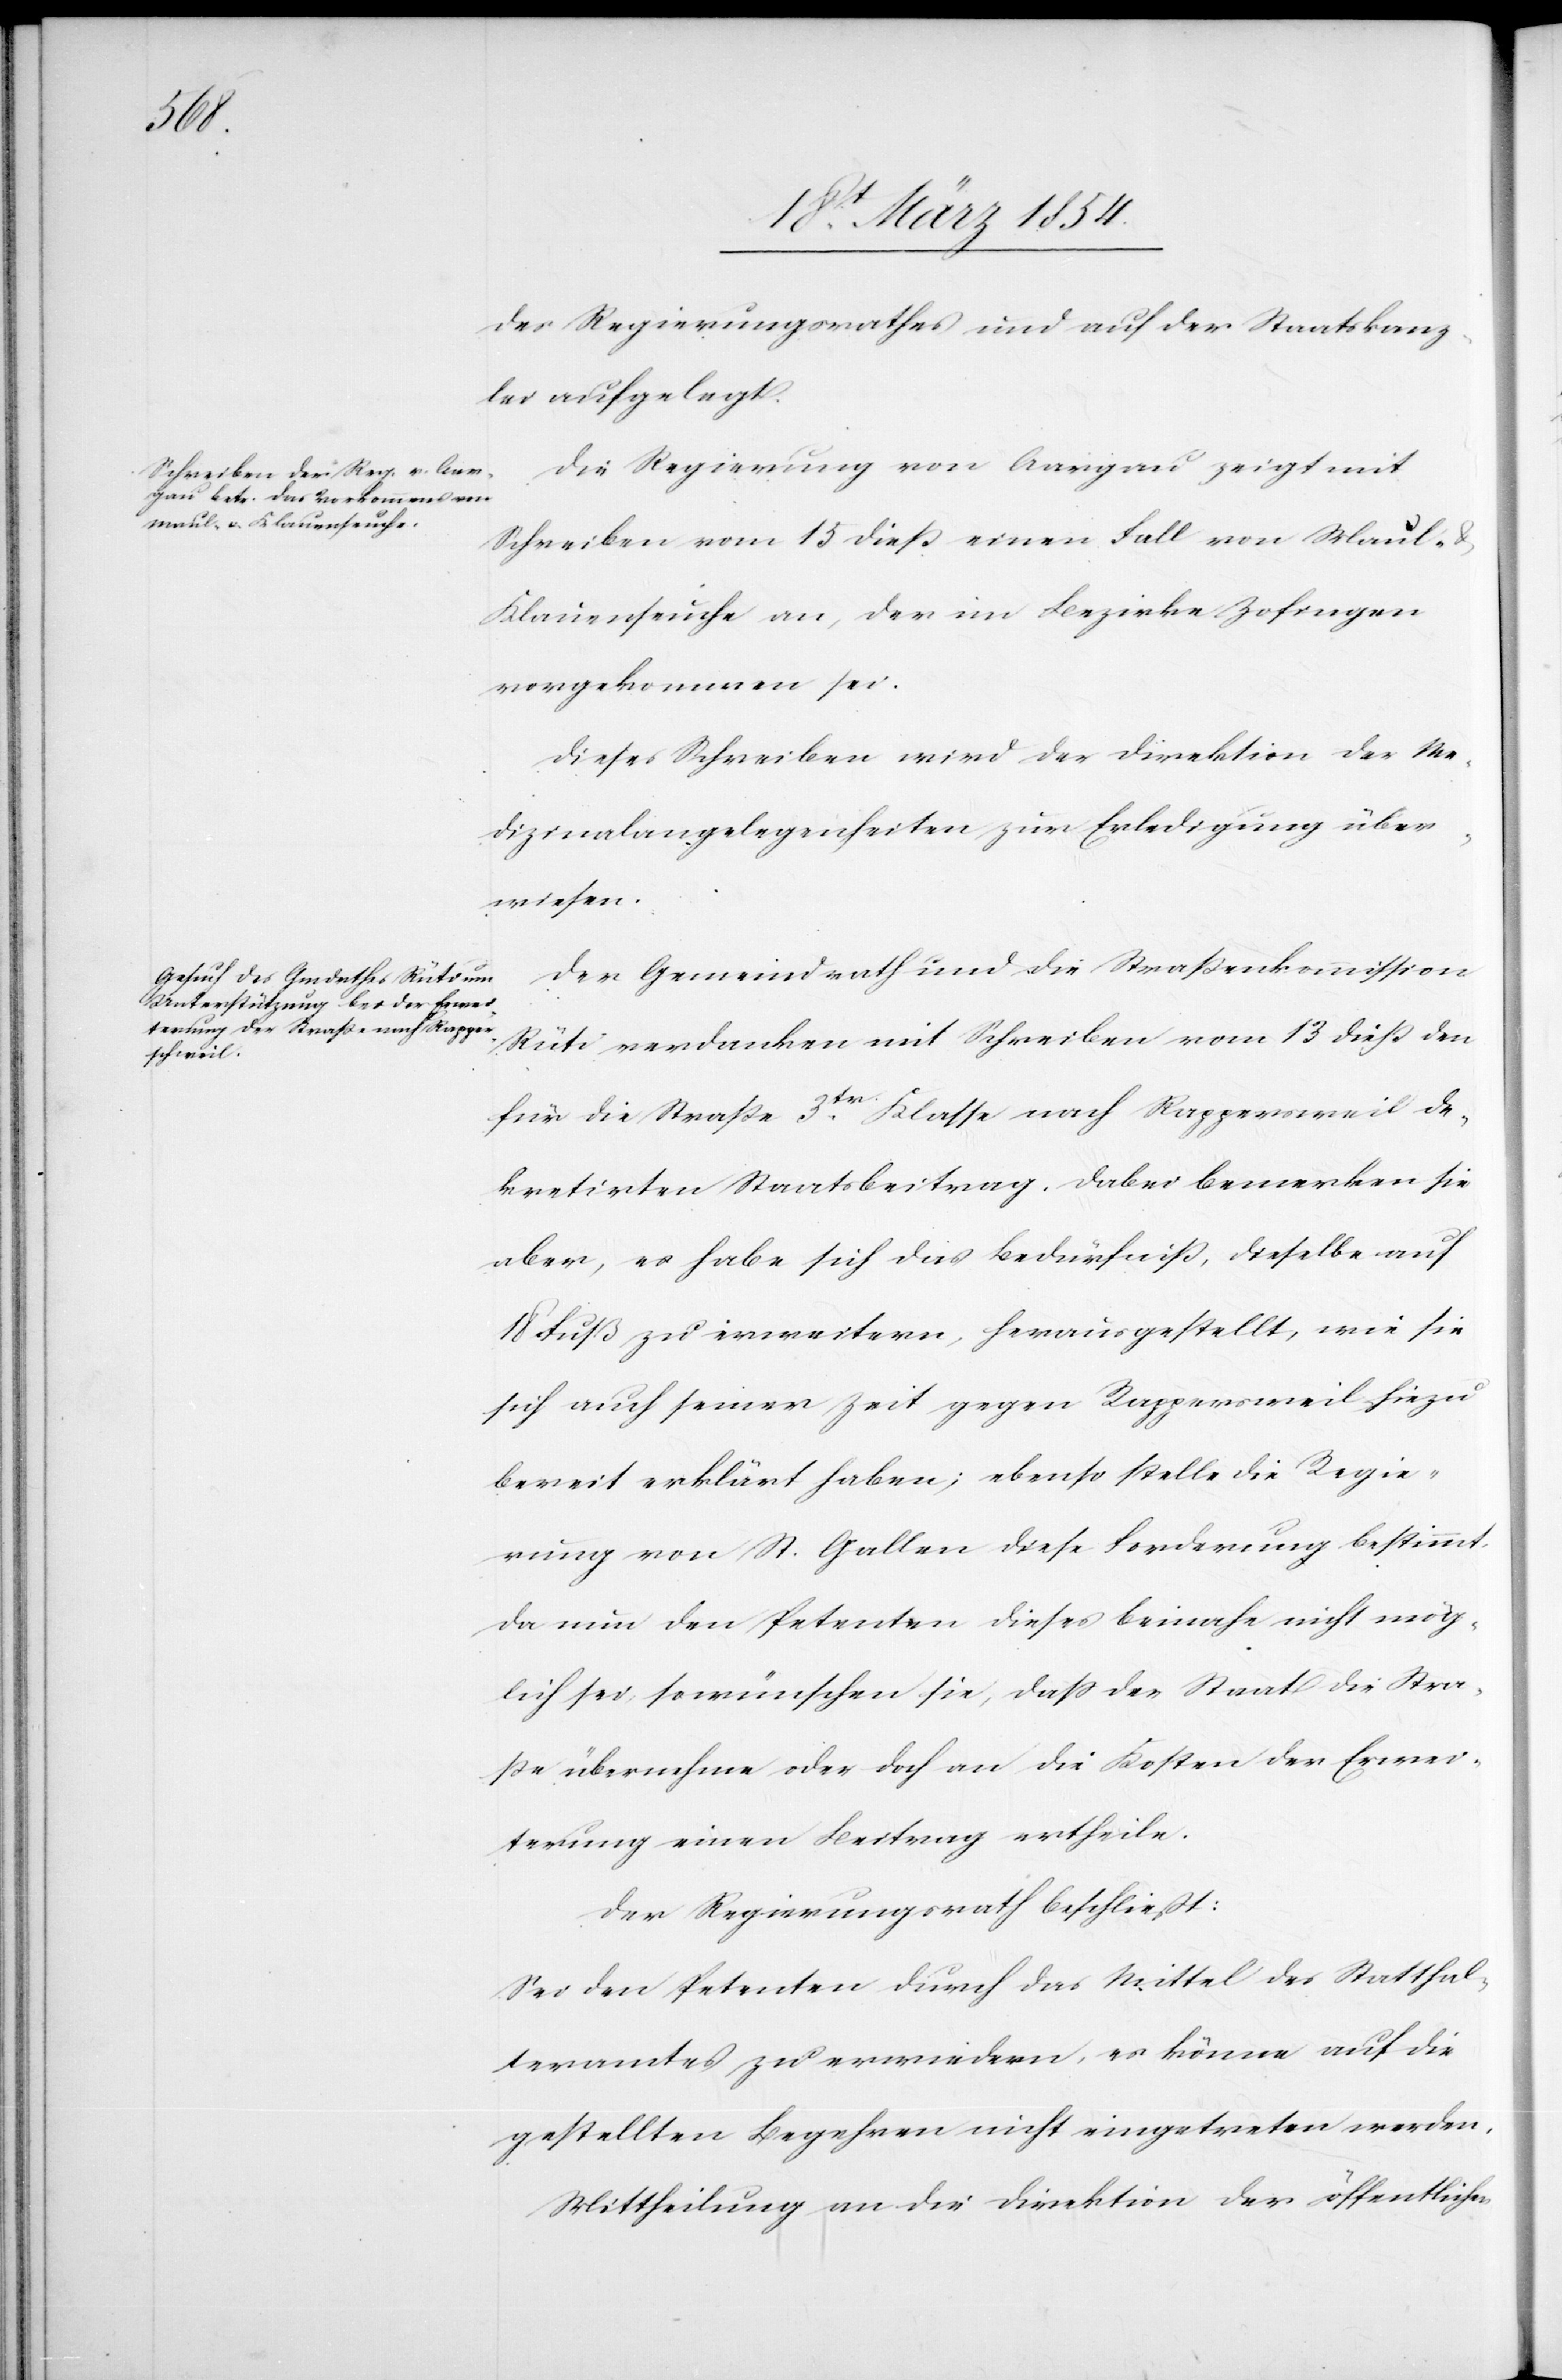
des Regierungsrathes und auf der Staatskanz¬
lei aufgelegt.
Die Regierung von Aargau zeigt mit
Schreiben vom 15 dieß einen Fall von Maul-
Klauenseuche an, der im Bezirke Zofingen
vorgekommen sei.
Dieses Schreiben wird der Direktion der Me¬
dizinalangelegenheiten zur Erledigung über¬
wiesen.
Der Gemeindrath und die Straßenkommission
Rüti verdanken mit Schreiben vom 13 dieß den
für die Straße 3tr Klasse nach Rappersweil de¬
kretirten Staatsbeitrag. Dabei bemerkten sie
aber, es habe sich das Bedürfniß, dieselbe auf
18 Fuß zu erweitern, herausgestellt, wie sie
sich auch seiner Zeit gegen Rappersweil hiezu
bereit erklärt haben; ebenso stelle die Regie¬
rung von St. Gallen diese Forderung bestimmt.
Da nun den Petenten dieses beinahe nicht mög¬
lich sei, so wünschen sie, daß der Staat die Stra¬
ße übernehme oder doch an die Kosten der Erwei¬
terung einen Beitrag ertheile.
Der Regierungsrath beschließt:
Sei den Petenten durch das Mittel des Statthal¬
teramtes zu erwiedern, es könne auf die
gestellten Begehren nicht eingetreten werden.
Mittheilung an die Direktion der öffentlichen